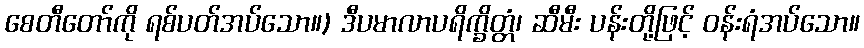
စေတီတော်ကို ရစ်ပတ်အပ်သော။) ဒီပမာလာပရိက္ခိတ္တံ၊ ဆီမီး ပန်းတို့ဖြင့် ဝန်းရံအပ်သော။